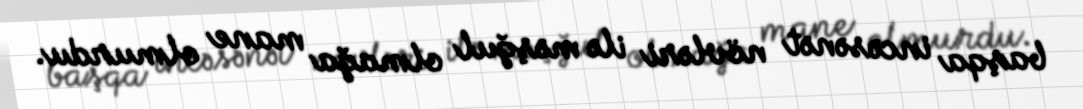
başqa incəsənət növləri ilə məşğul olmağa mane olmurdu.